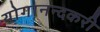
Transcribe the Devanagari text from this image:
योगानन्दकरी